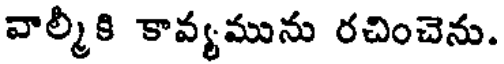
వాల్మీకి కావ్యమును రచించెను.